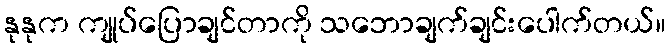
နုနုက ကျုပ်ပြောချင်တာကို သဘောချက်ချင်းပေါက်တယ်။